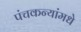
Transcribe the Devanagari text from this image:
पंचकन्यांमधे